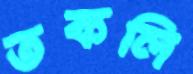
তকলি